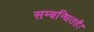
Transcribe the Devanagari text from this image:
सम्बन्धितहै।